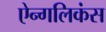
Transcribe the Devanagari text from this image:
ऐन्गलिकंस